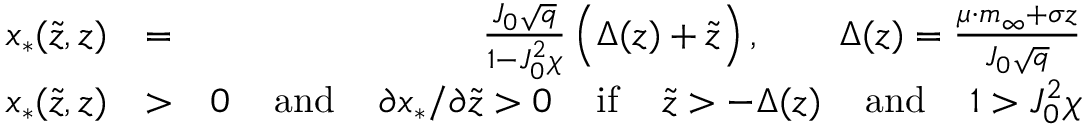
\begin{array} { r l r } { x _ { * } ( \tilde { z } , z ) } & { = } & { \frac { J _ { 0 } \sqrt { q } } { 1 - J _ { 0 } ^ { 2 } \chi } \, \Big ( \Delta ( z ) + \tilde { z } \Big ) \, , \qquad \Delta ( z ) = \frac { \mu \cdot m _ { \infty } + \sigma z } { J _ { 0 } \sqrt { q } } } \\ { x _ { * } ( \tilde { z } , z ) } & { > } & { 0 \, \quad \mathrm { a n d } \, \quad \partial x _ { * } / \partial \tilde { z } > 0 \, \quad \mathrm { i f } \, \quad \tilde { z } > - \Delta ( z ) \, \quad \mathrm { a n d } \, \quad 1 > J _ { 0 } ^ { 2 } \chi } \end{array}